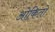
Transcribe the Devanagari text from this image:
ओकितो